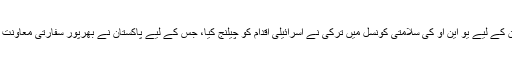
عالمی امن کے لیے یو این او کی سلامتی کونسل میں ترکی نے اسرائیلی اقدام کو چیلنج کیا، جس کے لیے پاکستان نے بھرپور سفارتی معاونت فراہم کی۔